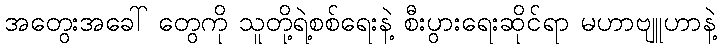
အတွေးအခေါ် တွေကို သူတို့ရဲ့စစ်ရေးနဲ့ စီးပွားရေးဆိုင်ရာ မဟာဗျူဟာနဲ့